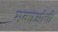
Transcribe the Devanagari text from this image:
मकाओची